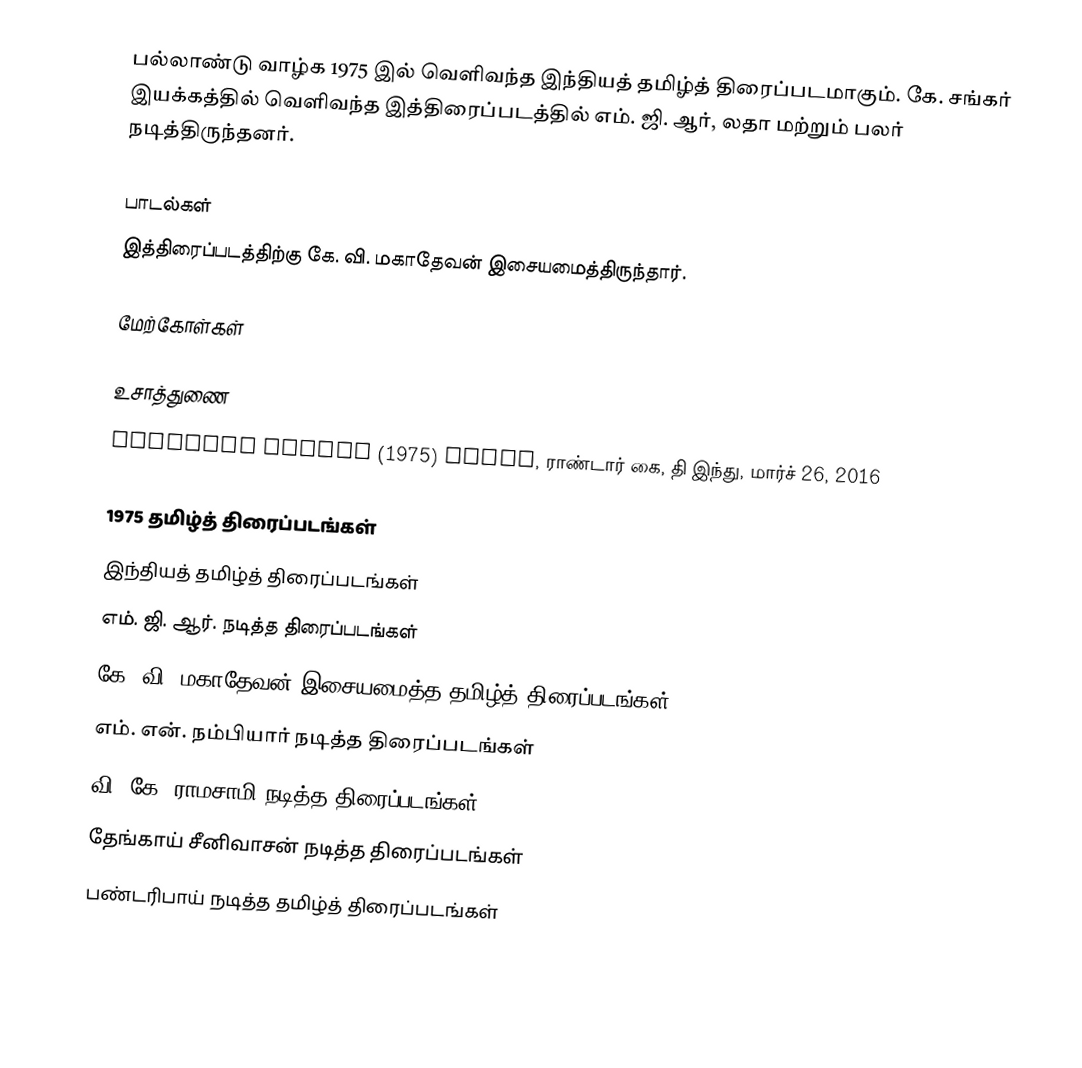
பல்லாண்டு வாழ்க 1975 இல் வெளிவந்த இந்தியத் தமிழ்த் திரைப்படமாகும். கே. சங்கர் இயக்கத்தில் வெளிவந்த இத்திரைப்படத்தில் எம். ஜி. ஆர், லதா மற்றும் பலர் நடித்திருந்தனர்.

பாடல்கள்
இத்திரைப்படத்திற்கு கே. வி. மகாதேவன் இசையமைத்திருந்தார்.

மேற்கோள்கள்

உசாத்துணை
Pallandu Vazhga (1975) tamil, ராண்டார் கை, தி இந்து, மார்ச் 26, 2016

1975 தமிழ்த் திரைப்படங்கள்
இந்தியத் தமிழ்த் திரைப்படங்கள்
எம். ஜி. ஆர். நடித்த திரைப்படங்கள்
கே. வி. மகாதேவன் இசையமைத்த தமிழ்த் திரைப்படங்கள்
எம். என். நம்பியார் நடித்த திரைப்படங்கள்
வி. கே. ராமசாமி நடித்த திரைப்படங்கள்
தேங்காய் சீனிவாசன் நடித்த திரைப்படங்கள்
பண்டரிபாய் நடித்த தமிழ்த் திரைப்படங்கள்